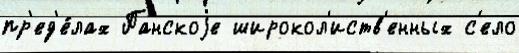
пр'ед'е́лах Панскоjе широкол'иств'енных с'ело